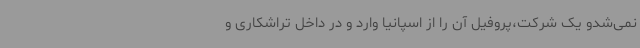
نمی‌شدو یک شرکت،پروفیل آن را از اسپانیا وارد و در داخل تراشکاری و